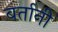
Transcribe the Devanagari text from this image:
बर्तानी